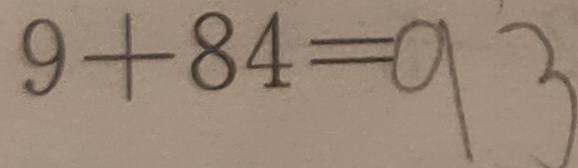
9 + 8 4 = 9 3